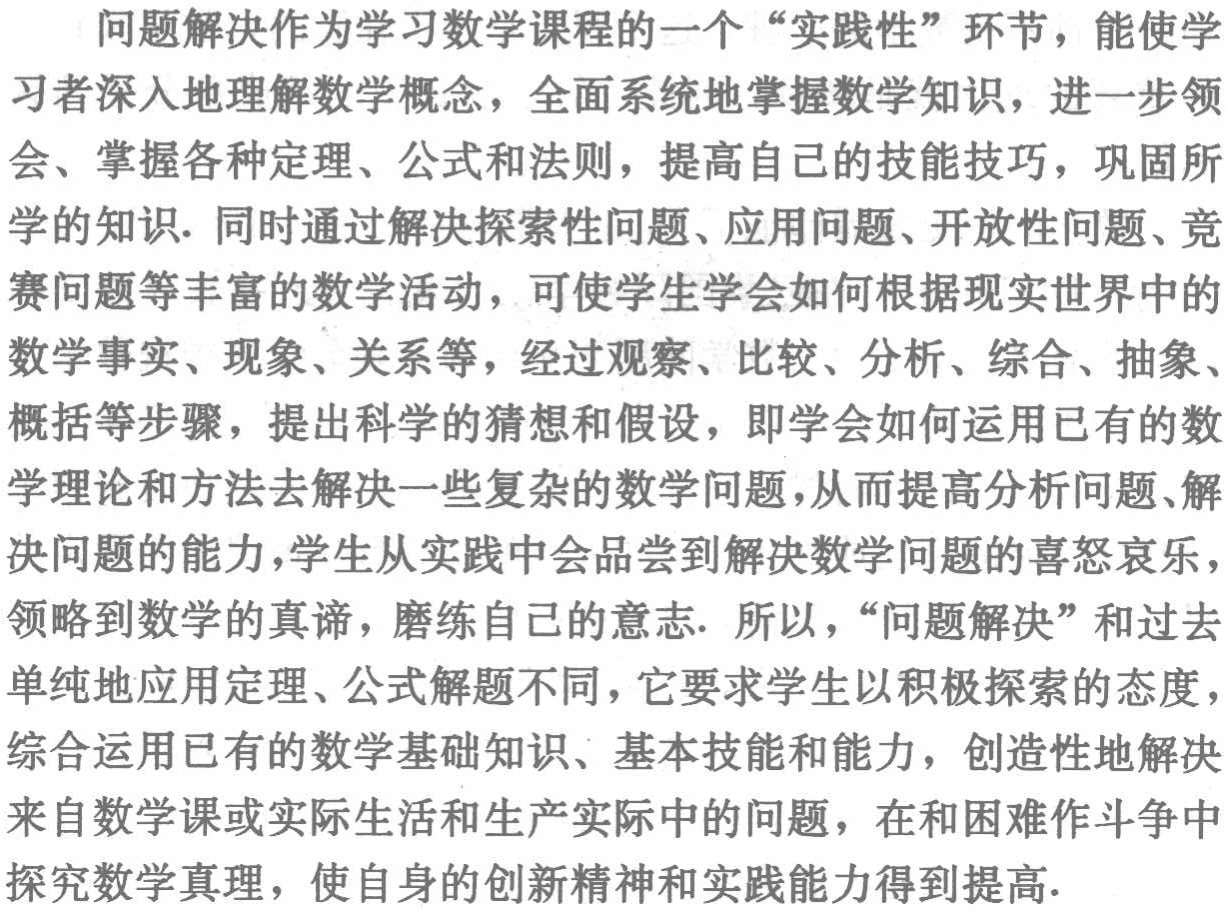
问题解决作为学习数学课程的一个“实践性”环节，能使学习者深入地理解数学概念，全面系统地掌握数学知识，进一步领会、掌握各种定理、公式和法则，提高自己的技能技巧，巩固所学的知识. 同时通过解决探索性问题、应用问题、开放性问题、竞赛问题等丰富的数学活动，可使学生学会如何根据现实世界中的数学事实、现象、关系等，经过观察、比较、分析、综合、抽象、概括等步骤，提出科学的猜想和假设，即学会如何运用已有的数学理论和方法去解决一些复杂的数学问题，从而提高分析问题、解决问题的能力，学生从实践中会品尝到解决数学问题的喜怒哀乐，领略到数学的真谛，磨练自己的意志. 所以，“问题解决”和过去单纯地应用定理、公式解题不同，它要求学生以积极探索的态度，综合运用已有的数学基础知识、基本技能和能力，创造性地解决来自数学课或实际生活和生产实际中的问题，在和困难作斗争中探究数学真理，使自身的创新精神和实践能力得到提高.